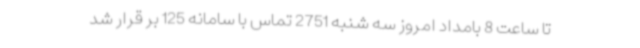
تا ساعت 8 بامداد امروز سه شنبه 2751 تماس با سامانه 125 بر قرار شد